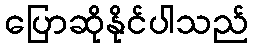
ပြောဆိုနိုင်ပါသည်